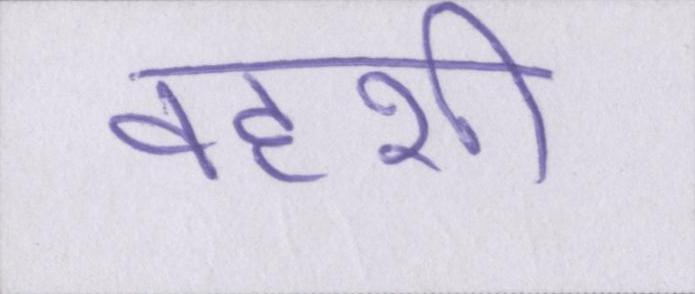
वहशी